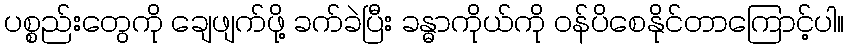
ပစ္စည်းတွေကို ချေဖျက်ဖို့ ခက်ခဲပြီး ခန္ဓာကိုယ်ကို ဝန်ပိစေနိုင်တာကြောင့်ပါ။